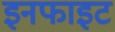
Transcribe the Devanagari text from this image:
इनफाइट